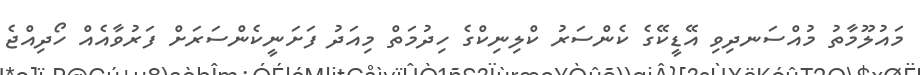
މައުލޫމާތު މުއްސަނދިވި އޭޑީކޭގެ ކެންސަރު ކްލިނިކްގެ ހިދުމަތް މިއަދު ފަށަނީކެންސަރަށް ފަރުވާއެއް ހޯދިއްޖެ